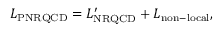
{ \cal L } _ { \mathrm { P N R Q C D } } = { \cal L } _ { \mathrm { N R Q C D } } ^ { \prime } + { \cal L } _ { \mathrm { n o n - l o c a l } } ,